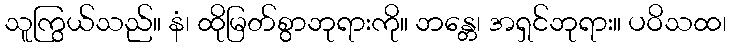
သူကြွယ်သည်။ နံ၊ ထိုမြတ်စွာဘုရားကို။ ဘန္တေ၊ အရှင်ဘုရား။ ပဝိသထ၊